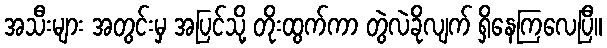
အသီးများ အတွင်းမှ အပြင်သို့ တိုးထွက်ကာ တွဲလဲခိုလျက် ရှိနေကြလေပြီ။